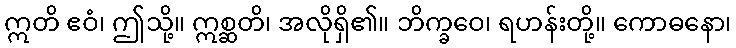
ဣတိ ဧဝံ၊ ဤသို့။ ဣစ္ဆတိ၊ အလိုရှိ၏။ ဘိက္ခဝေ၊ ရဟန်းတို့။ ကောဓနော၊